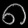
Digit: ၈